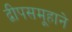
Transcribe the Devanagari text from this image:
द्वीपसमूहाने